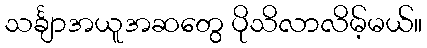
သင်္ချာအယူအဆတွေ ပိုသိလာလိမ့်မယ်။